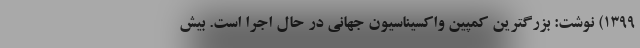
1399) نوشت: بزرگترین کمپین واکسیناسیون جهانی در حال اجرا است. بیش